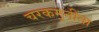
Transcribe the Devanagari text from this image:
चरकमुनींना